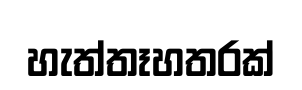
හැත්තෑහතරක්